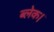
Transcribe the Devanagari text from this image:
ब्लेक।